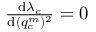
\begin{array} { r } { \frac { \mathrm { d } \lambda _ { c } } { \mathrm { d } ( q _ { c } ^ { m } ) ^ { 2 } } = 0 } \end{array}